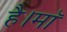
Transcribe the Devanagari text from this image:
है।माॅ